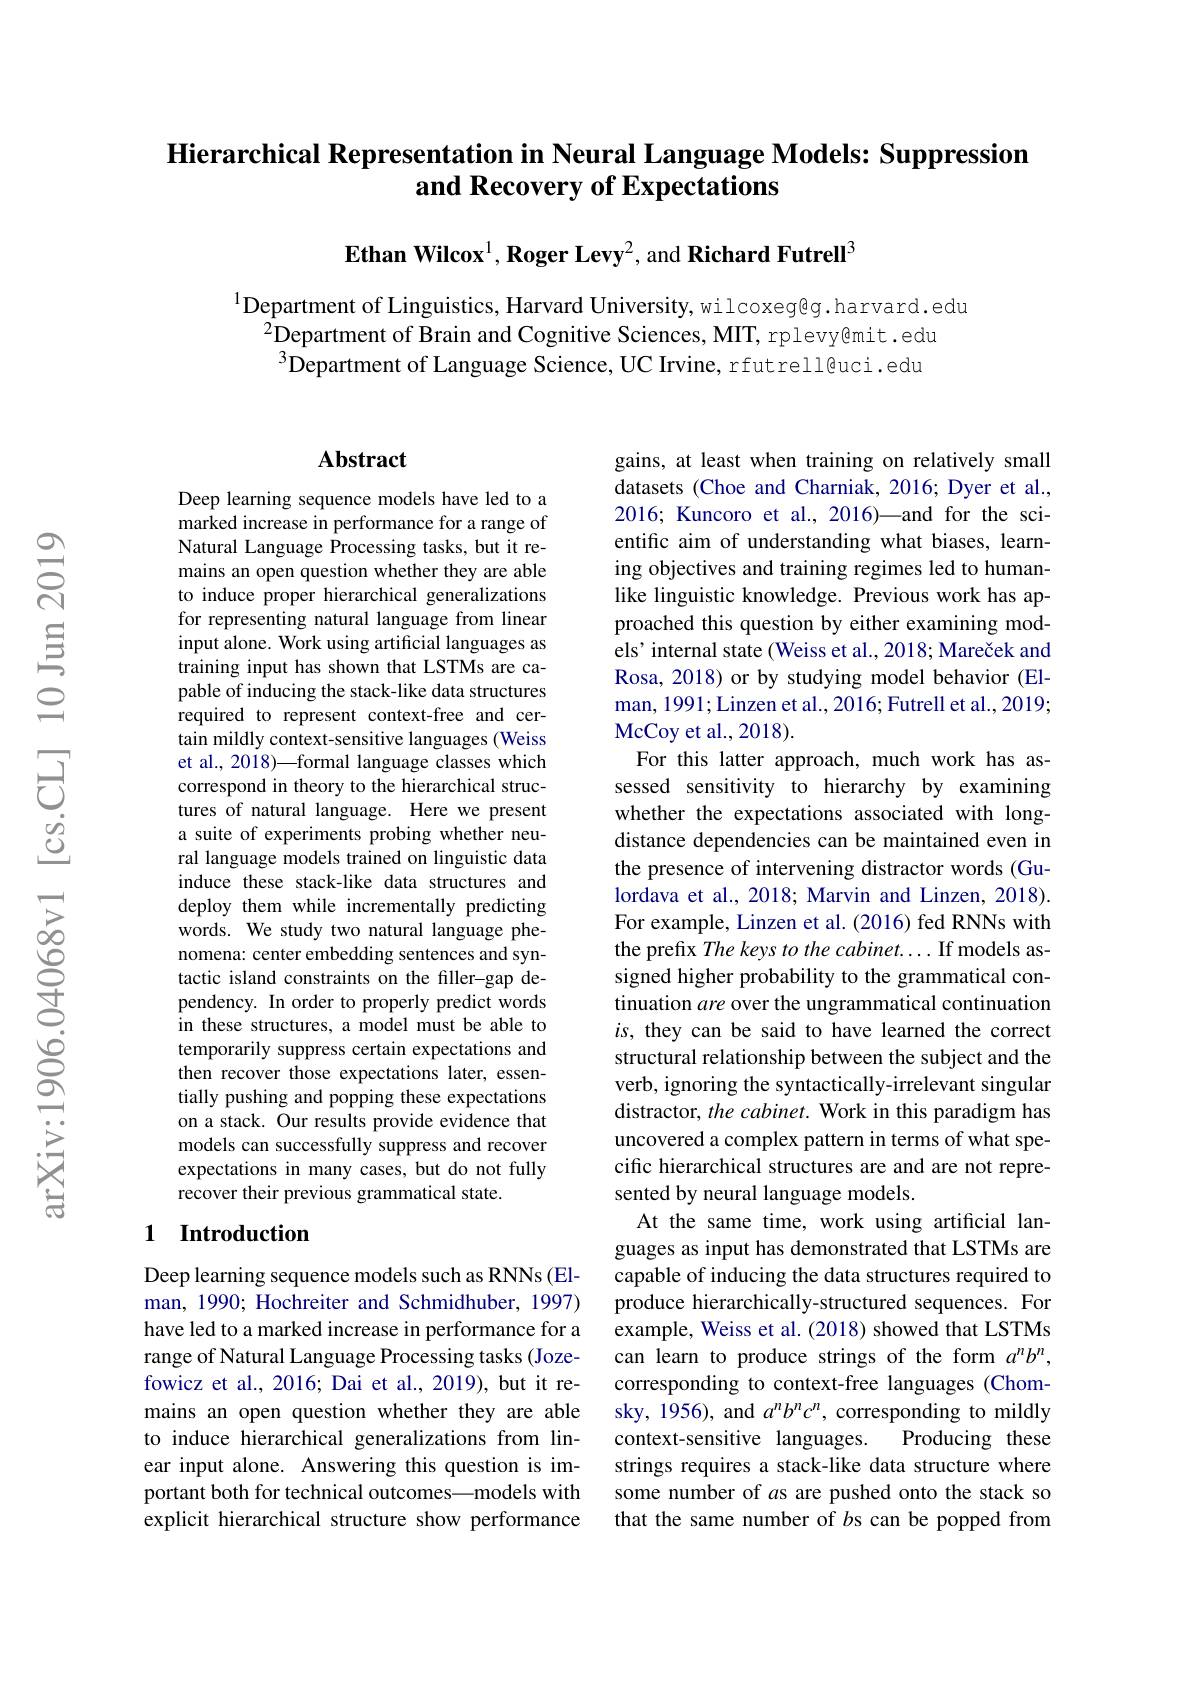
## Hierarchical Representation in Neural Language Models: Suppression and Recovery of Expectations

Ethan Wilcox$^{1}$, Roger Levy$^{2}$, and Richard Futrell$^{3}$

$^{1}$Department of Linguistics, Harvard University, wilcoxeg@g.harvard.edu
$^{2}$Department of Brain and Cognitive Sciences, MIT, rplevy@mit. edu $^{3}$Department of Language Science, UC Irvine, rfutrell@uci.edu

### $\mathbf{Abstract}$

Deep learning sequence models have led to a marked increase in performance for a range of Natural Language Processing tasks, but it remains an open question whether they are able to induce proper hierarchical generalizations for representing natural language from linear input alone. Work using artificial languages as training input has shown that LSTMs are capable of inducing the stack-like data structures required to represent context-free and certain mildly context-sensitive languages (Weiss et al., 2018)—formal language classes which correspond in theory to the hierarchical structures of natural language. Here we present a suite of experiments probing whether neural language models trained on linguistic data induce these stack-like data structures and deploy them while incrementally predicting words. We study two natural language phenomena: center embedding sentences and syntactic island constraints on the filler-gap dependency. In order to properly predict words in these structures, a model must be able to temporarily suppress certain expectations and then recover those expectations later, essentially pushing and popping these expectations on a stack. Our results provide evidence that models can successfully suppress and recover expectations in many cases, but do not fully recover their previous grammatical state.

### 1 Introduction

Deep learning sequence models such as RNNs (Elman, 1990; Hochreiter and Schmidhuber, 1997) have led to a marked increase in performance for a range of Natural Language Processing tasks (Jozefowicz et al., 2016; Dai et al., 2019), but it remains an open question whether they are able to induce hierarchical generalizations from linear input alone. Answering this question is important both for technical outcomes—models with explicit hierarchical structure show performance

gains, at least when training on relatively small datasets (Choe and Charniak, 2016; Dyer et al., 2016; Kuncoro et al., 2016)—and for the scientific aim of understanding what biases, learning objectives and training regimes led to humanlike linguistic knowledge. Previous work has approached this question by either examining models' internal state (Weiss et al., 2018; Mareček and Rosa, 2018) or by studying model behavior (Elman, 1991; Linzen et al., 2016; Futrell et al., 2019; McCoy et al. , 2018).
For this latter approach, much work has assessed sensitivity to hierarchy by examining whether the expectations associated with longdistance dependencies can be maintained even in the presence of intervening distractor words (Gulordava et al., 2018; Marvin and Linzen, 2018). For example, Linzen et al. (2016) fed RNNs with the prefix The keys to the cabinet....If models assigned higher probability to the grammatical continuation are over the ungrammatical continuation $is$, they can be said to have learned the correct structural relationship between the subject and the verb, ignoring the syntactically-irrelevant singular distractor, $the\textit{cabinet. Work in this paradigm has}$ uncovered a complex pattern in terms of what specific hierarchical structures are and are not represented by neural language models.
At the same time, work using artificial languages as input has demonstrated that LSTMs are capable of inducing the data structures required to produce hierarchically-structured sequences. For example, Weiss et al. (2018) showed that LSTMs can learn to produce strings of the form $a^nb^n$, corresponding to context-free languages (Chomsky, 1956), and $a^nb^nc^n$, corresponding to mildly context-sensitive languages.
Producing these
strings requires a stack-like data structure where some number of $a$s are pushed onto the stack so that the same number of $b$s can be popped from